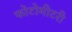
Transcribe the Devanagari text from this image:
फोटोमीटरी